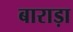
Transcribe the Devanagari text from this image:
बाराड़ा